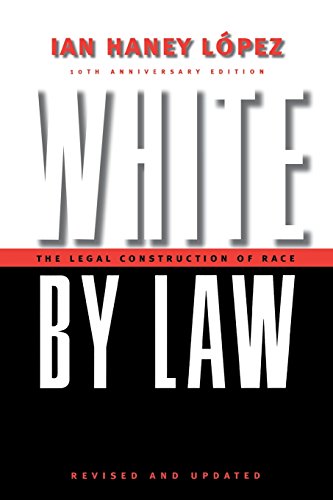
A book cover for White by Law 10th Anniversary Edition: The Legal Construction of Race (Critical America); Ian Haney LÃ³pez; Law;